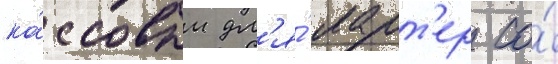
ка́ссовым дл'я́ ларт'ер со́